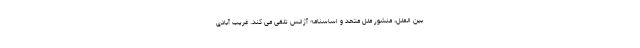
بین الملل، منشور ملل متحد و اساسنامه آژانس تلقی می کند. غریب آبادی